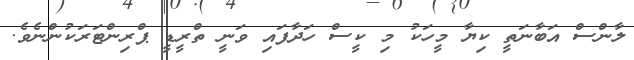
ލާންސް އަބާނަތީ ކިޔާ މީހަކު މި ކީސް ހަދާފައި ވަނީ ތްރީޑީ ޕްރިންޓަރަކުންނެވެ.